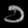
Digit: ၁